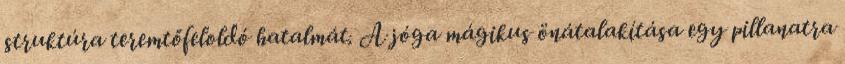
struktúra teremtőfeloldó hatalmát. A jóga mágikus önátalakítása egy pillanatra